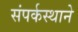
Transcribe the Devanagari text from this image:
संपर्कस्थाने